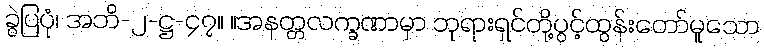
ခွဲပြပုံ၊ အဘိ-၂-ဋ္ဌ-၄၇။ ။အနတ္တလက္ခဏာမှာ ဘုရားရှင်တို့ပွင့်ထွန်းတော်မူသော